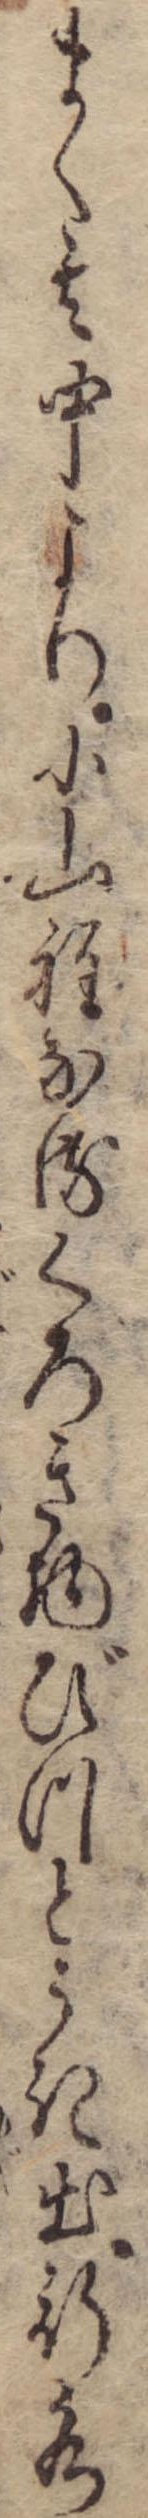
まく其中より小山程なるくろき物びつとうき出行水